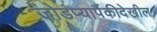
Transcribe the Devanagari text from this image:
जोडप्यापैंकीदेखील